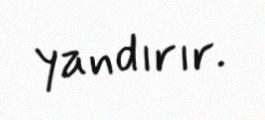
yandırır.